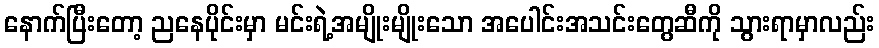
နောက်ပြီးတော့ ညနေပိုင်းမှာ မင်းရဲ့အမျိုးမျိုးသော အပေါင်းအသင်းတွေဆီကို သွားရာမှာလည်း